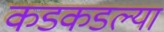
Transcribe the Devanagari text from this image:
कडकडल्या